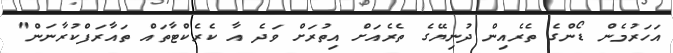
އަހަރުމެން ޑޯންގެ ތެރެއިން ދުނިޔޭގެ ތެރެއަށް އިތުރަށް ވަދެ އާ ކެރެކްޓާތައް ތައާރަފްކުރާނަން"